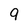
Character: 9